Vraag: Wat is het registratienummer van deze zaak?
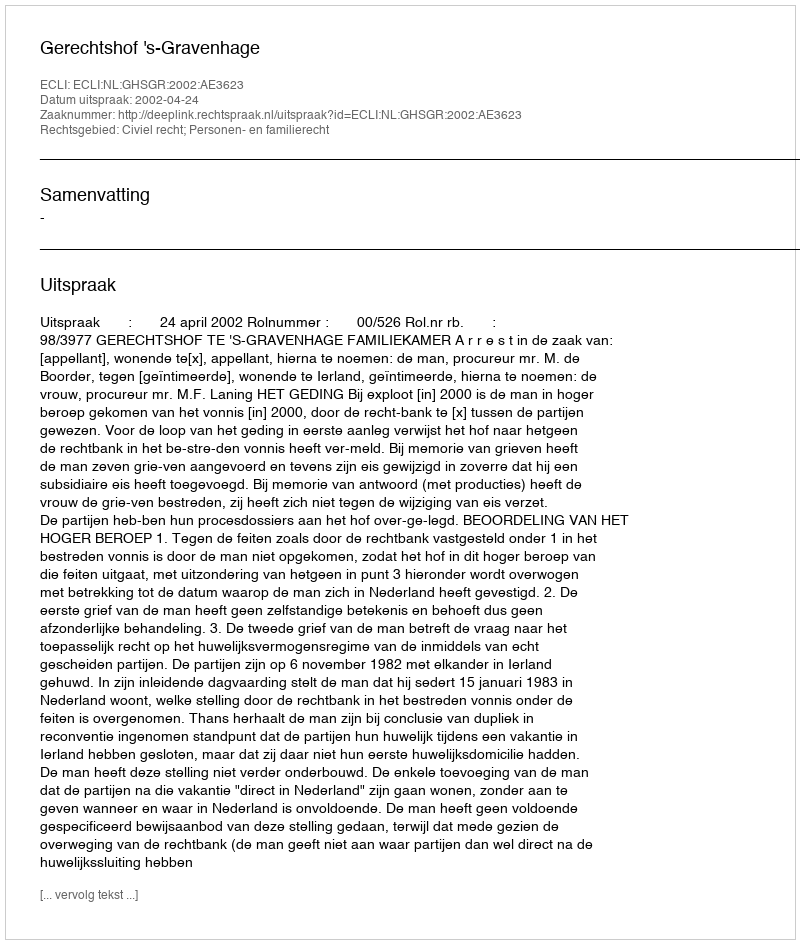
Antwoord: http://deeplink.rechtspraak.nl/uitspraak?id=ECLI:NL:GHSGR:2002:AE3623